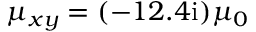
\mu _ { x y } = ( - 1 2 . 4 \mathrm { i } ) \mu _ { 0 }